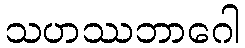
သဟဿဘာဂေါ